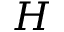
H